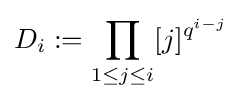
D_{i}:=\prod _{1\leq j\leq i}[j]^{q^{i-j}}